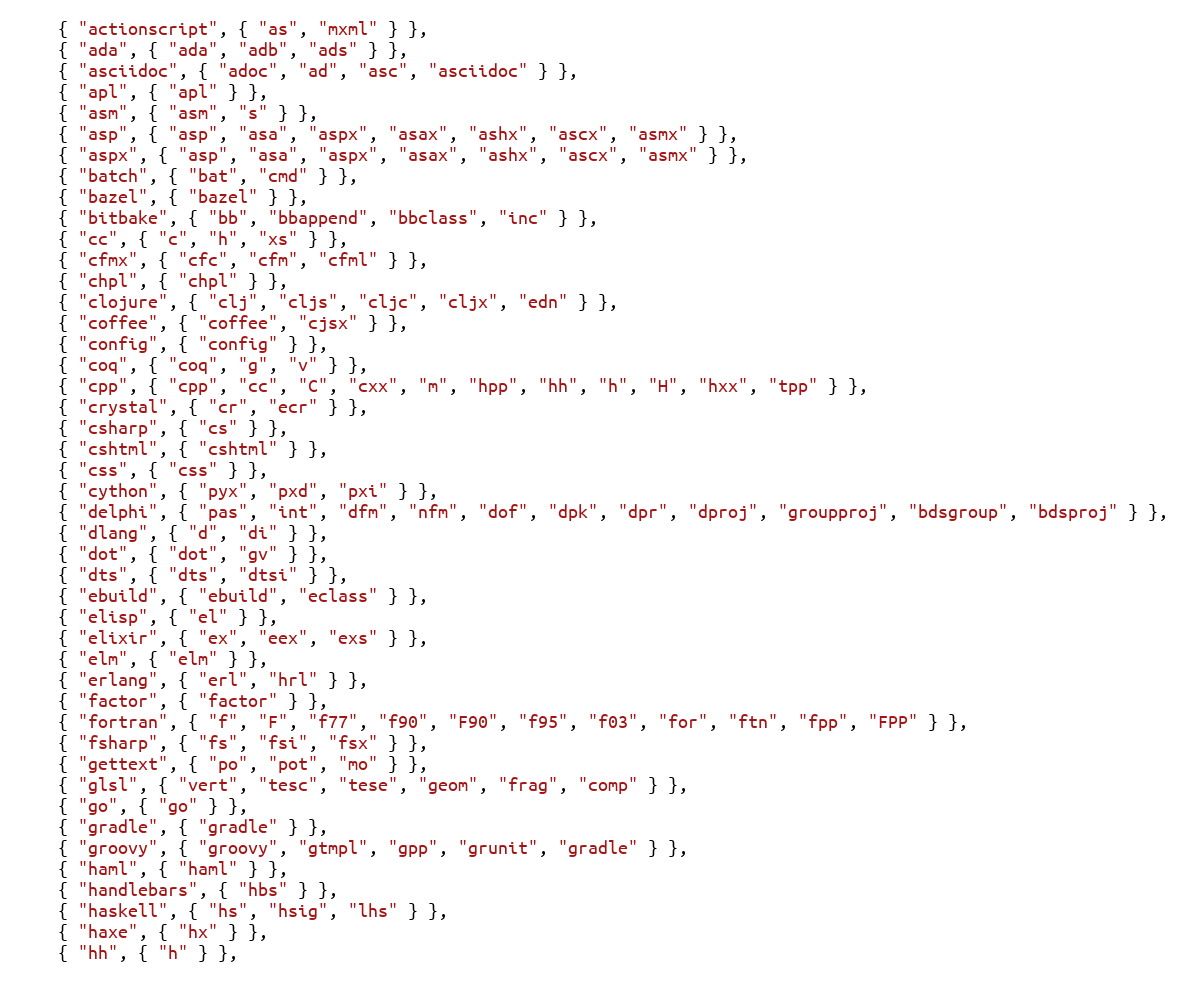
Language: C
    { "actionscript", { "as", "mxml" } },
    { "ada", { "ada", "adb", "ads" } },
    { "asciidoc", { "adoc", "ad", "asc", "asciidoc" } },
    { "apl", { "apl" } },
    { "asm", { "asm", "s" } },
    { "asp", { "asp", "asa", "aspx", "asax", "ashx", "ascx", "asmx" } },
    { "aspx", { "asp", "asa", "aspx", "asax", "ashx", "ascx", "asmx" } },
    { "batch", { "bat", "cmd" } },
    { "bazel", { "bazel" } },
    { "bitbake", { "bb", "bbappend", "bbclass", "inc" } },
    { "cc", { "c", "h", "xs" } },
    { "cfmx", { "cfc", "cfm", "cfml" } },
    { "chpl", { "chpl" } },
    { "clojure", { "clj", "cljs", "cljc", "cljx", "edn" } },
    { "coffee", { "coffee", "cjsx" } },
    { "config", { "config" } },
    { "coq", { "coq", "g", "v" } },
    { "cpp", { "cpp", "cc", "C", "cxx", "m", "hpp", "hh", "h", "H", "hxx", "tpp" } },
    { "crystal", { "cr", "ecr" } },
    { "csharp", { "cs" } },
    { "cshtml", { "cshtml" } },
    { "css", { "css" } },
    { "cython", { "pyx", "pxd", "pxi" } },
    { "delphi", { "pas", "int", "dfm", "nfm", "dof", "dpk", "dpr", "dproj", "groupproj", "bdsgroup", "bdsproj" } },
    { "dlang", { "d", "di" } },
    { "dot", { "dot", "gv" } },
    { "dts", { "dts", "dtsi" } },
    { "ebuild", { "ebuild", "eclass" } },
    { "elisp", { "el" } },
    { "elixir", { "ex", "eex", "exs" } },
    { "elm", { "elm" } },
    { "erlang", { "erl", "hrl" } },
    { "factor", { "factor" } },
    { "fortran", { "f", "F", "f77", "f90", "F90", "f95", "f03", "for", "ftn", "fpp", "FPP" } },
    { "fsharp", { "fs", "fsi", "fsx" } },
    { "gettext", { "po", "pot", "mo" } },
    { "glsl", { "vert", "tesc", "tese", "geom", "frag", "comp" } },
    { "go", { "go" } },
    { "gradle", { "gradle" } },
    { "groovy", { "groovy", "gtmpl", "gpp", "grunit", "gradle" } },
    { "haml", { "haml" } },
    { "handlebars", { "hbs" } },
    { "haskell", { "hs", "hsig", "lhs" } },
    { "haxe", { "hx" } },
    { "hh", { "h" } },